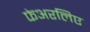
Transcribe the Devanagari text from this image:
फेअरलिए